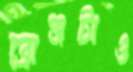
ব্রোঞ্জটাও